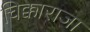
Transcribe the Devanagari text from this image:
चिक्काराजा